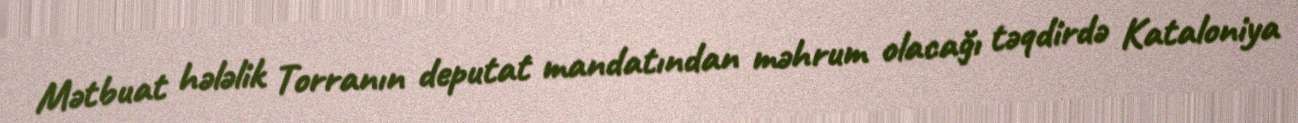
Mətbuat hələlik Torranın deputat mandatından məhrum olacağı təqdirdə Kataloniya